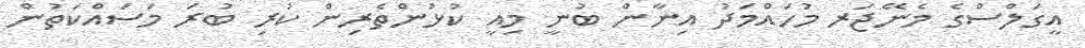
އީގަލްސްގެ މެނޭޖަރ މުހައްމަދު އިނާން ބުނީ މިއީ ކުޅުންތެރިން ކުރި ބުރަ މަސައްކަތުން